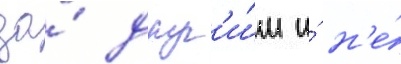
за́ друг'и́м и́ н'е́